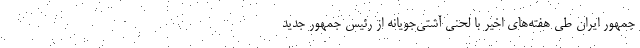
جمهور ایران طی هفته‌های اخیر با لحنی آشتی‌جویانه از رئیس جمهور جدید